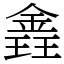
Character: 錱